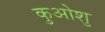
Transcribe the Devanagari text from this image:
कुओशु